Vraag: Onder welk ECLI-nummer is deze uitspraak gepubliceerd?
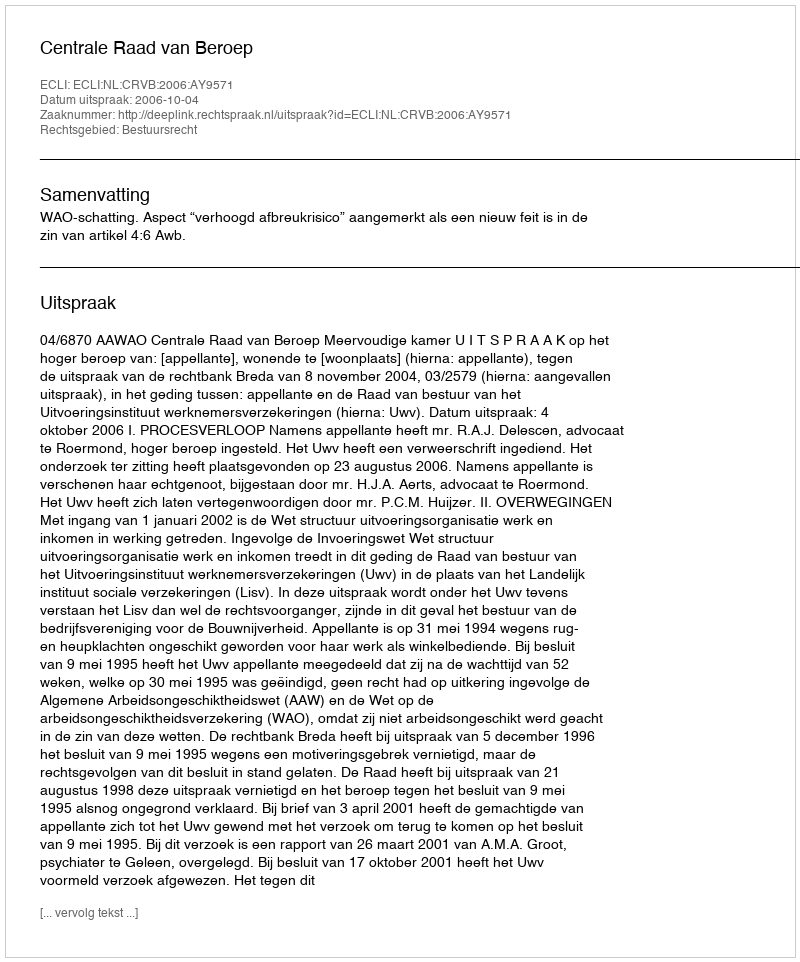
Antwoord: ECLI:NL:CRVB:2006:AY9571